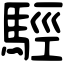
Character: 𩣪